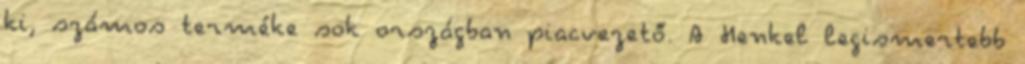
ki, számos terméke sok országban piacvezető. A Henkel legismertebb